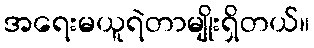
အရေးမယူရဲတာမျိုးရှိတယ်။